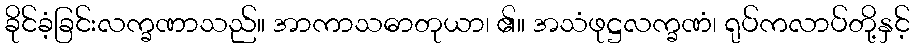
ခိုင်ခံ့ခြင်းလက္ခဏာသည်။ အာကာသဓာတုယာ၊ ၏။ အသံဖုဋ္ဌလက္ခဏံ၊ ရုပ်ကလာပ်တို့နှင့်